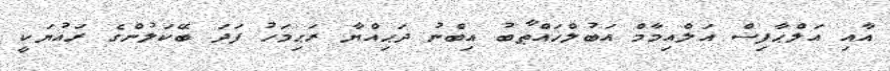
އާއި އަލްޙާފިޟް އަލްއިމާމް އަބުލްޚައްޠާބު އިބްނު ދަޙިއްޔާ ރަޙިމަހު ފަދަ ބޭކަލުންގެ ރައުޔަކީ